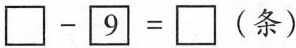
$$\Box - \boxed { 9 } = \Box$$(条)